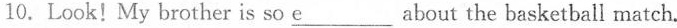
10. Look!My brother is so \underline{e}___ about the basketball match.